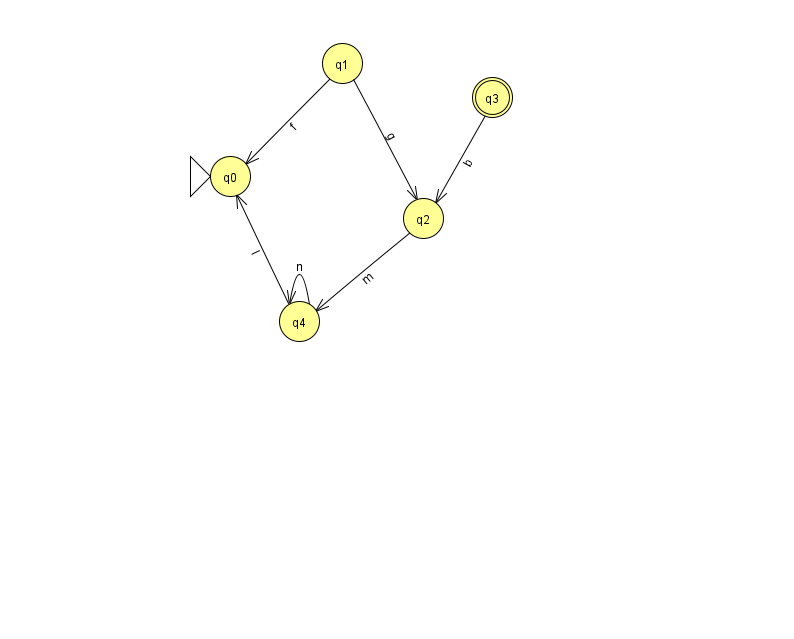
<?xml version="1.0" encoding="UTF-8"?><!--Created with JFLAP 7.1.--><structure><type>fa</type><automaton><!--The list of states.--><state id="0" name="q0"><x>230.0</x><y>163.0</y><initial/></state><state id="1" name="q1"><x>342.0</x><y>50.0</y></state><state id="2" name="q2"><x>423.0</x><y>205.0</y></state><state id="3" name="q3"><x>492.0</x><y>84.0</y><final/></state><state id="4" name="q4"><x>299.0</x><y>308.0</y></state><!--The list of transitions.--><transition><from>3</from><to>2</to><read>b</read></transition><transition><from>2</from><to>4</to><read>m</read></transition><transition><from>1</from><to>0</to><read>f</read></transition><transition><from>4</from><to>0</to><read>I</read></transition><transition><from>1</from><to>2</to><read>g</read></transition><transition><from>4</from><to>4</to><read>n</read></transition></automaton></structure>